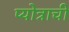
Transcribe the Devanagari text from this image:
प्योत्राची